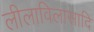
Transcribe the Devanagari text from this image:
लीलाविलासादि